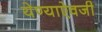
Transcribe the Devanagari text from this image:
येण्याऐवजी